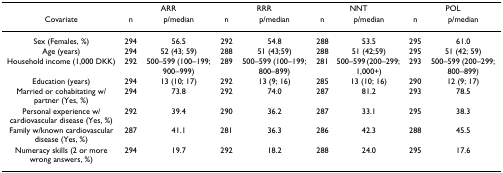
|  | <COLSPAN=2> ARR | <COLSPAN=2> RRR | <COLSPAN=2> NNT | <COLSPAN=2> POL |
 | Covariate | n | p/median | n | p/median | n | p/median | n | p/median |
 | --- | --- | --- | --- | --- | --- | --- | --- | --- |
 | Sex (Females, %) | 294 | 56.5 | 292 | 54.8 | 288 | 53.5 | 295 | 61.0 |
 | Age (years) | 294 | 52 (43; 59) | 288 | 51 (43;59) | 288 | 51 (42;59) | 295 | 51 (42; 59) |
 | Household income (1,000 DKK) | 292 | 500–599 (100–199; 900–999) | 289 | 500–599 (100–199; 800–899) | 281 | 500–599 (200–299; 1,000+) | 293 | 500–599 (200–299; 800–899) |
 | Education (years) | 294 | 13 (10; 17) | 292 | 13 (9; 16) | 285 | 13 (10; 16) | 290 | 12 (9; 17) |
 | Married or cohabitating w/partner (Yes, %) | 294 | 73.8 | 292 | 74.0 | 287 | 81.2 | 293 | 78.5 |
 | Personal experience w/cardiovascular disease (Yes, %) | 292 | 39.4 | 290 | 36.2 | 287 | 33.1 | 295 | 38.3 |
 | Family w/known cardiovascular disease (Yes, %) | 287 | 41.1 | 281 | 36.3 | 286 | 42.3 | 288 | 45.5 |
 | Numeracy skills (2 or more wrong answers, %) | 294 | 19.7 | 292 | 18.2 | 288 | 24.0 | 295 | 17.6 |